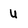
Character: u